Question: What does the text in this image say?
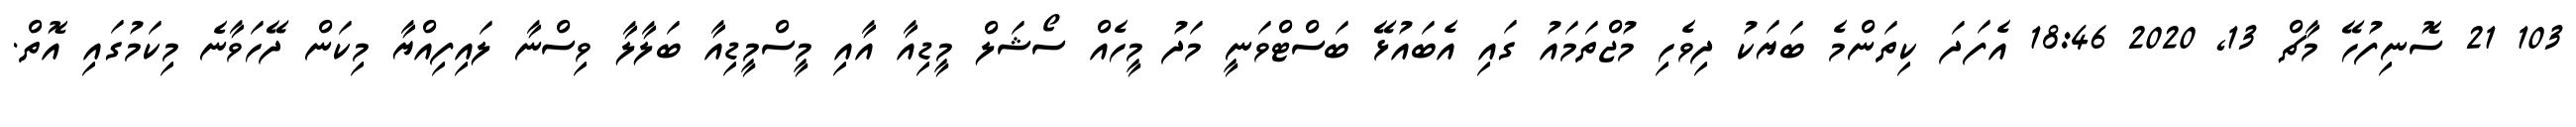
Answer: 103 21 ސޮނިފުހޭ މާޗް 13, 2020 18:46 އެފަދަ ކިތަންމެ ބަޔަކު ދިވެހި މުޖްތަމައު ގައި އެބައުޅޭ ބަސްޓްވަނީ މަދު މީހެއް ސޯޝަލް މީޑިއާ އާއި މީސްމީޑިއާ ބަލާލާ ވިސްނާ ލައިފިއްޔާ މިކަން ދޭހަވާނެ މިކަމުގައި އޮތް.